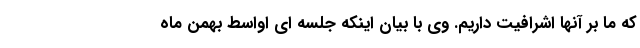
که ما بر آنها اشرافیت داریم. وی با بیان اینکه جلسه ای اواسط بهمن ماه